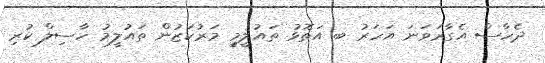
ދެހާސް އެގާރަވަނަ އަހަރު ބ އަތޮޅު ތައުލީމީ މަރުކަޒުން ތައުލީމު ހާސިލް ކުރި